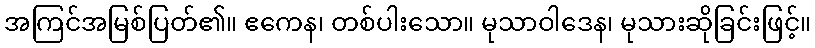
အကြင်အမြစ်ပြတ်၏။ ဧကေန၊ တစ်ပါးသော။ မုသာဝါဒေန၊ မုသားဆိုခြင်းဖြင့်။